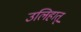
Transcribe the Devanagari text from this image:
उलिहातू